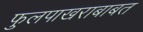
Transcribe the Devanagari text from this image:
फुलपाखराबाबत